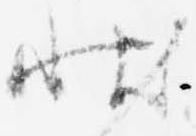
状